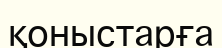
қоныстарға